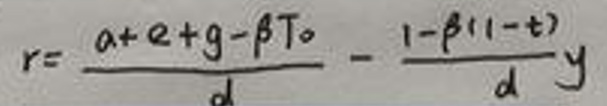
\[
r = \frac{\alpha + e + g - \beta T_0}{d} - \frac{1 - \beta(1 - t)}{d}y
\]